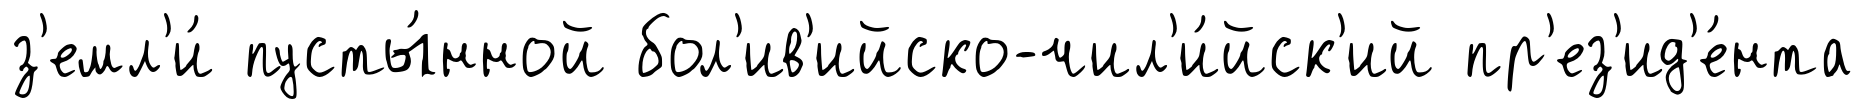
з'емл'и́ пусты́нной бол'ив'ийско-чил'и́йск'ий пр'ез'ид'е́нта